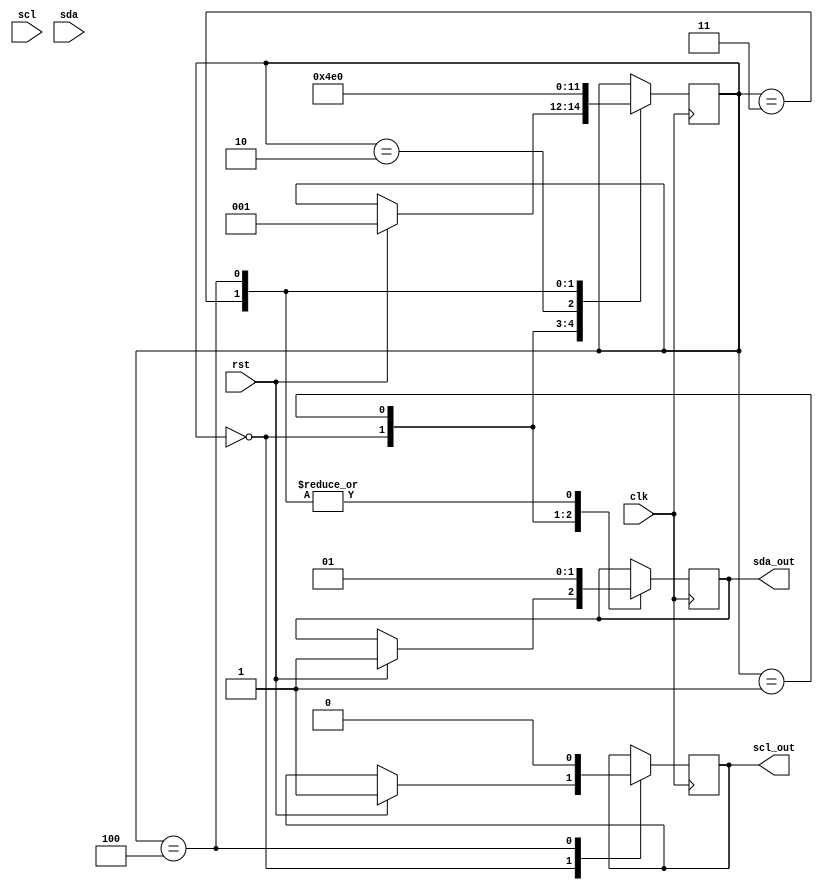
module i2c_controller (
    input wire clk,
    input wire rst,
    input wire scl,
    input wire sda,
    output reg sda_out,
    output reg scl_out
);

reg [2:0] state;
parameter IDLE = 3'b000, START = 3'b001, DATA = 3'b010, ACK = 3'b011, STOP = 3'b100;

always @(posedge clk) begin
    case(state)
        IDLE: begin
            if(rst) begin
                state <= START;
                sda_out <= 1'b1;
                scl_out <= 1'b1;
            end
        end
        START: begin
            state <= DATA;
            sda_out <= 1'b0;
        end
        DATA: begin
            // Perform data transmission/reception logic here
            state <= ACK;
        end
        ACK: begin
            state <= STOP;
            sda_out <= 1'b1; // Send ACK
        end
        STOP: begin
            state <= IDLE;
            sda_out <= 1'b1;
            scl_out <= 1'b0;
        end
    endcase
end

endmodule